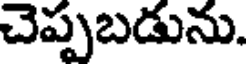
చెప్పబడును.